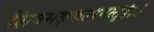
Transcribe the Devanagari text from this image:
शिवसङ्कल्पमस्तु॥३॥